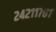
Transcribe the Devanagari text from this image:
२४२११७०१